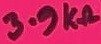
Text: 3.9KΩ